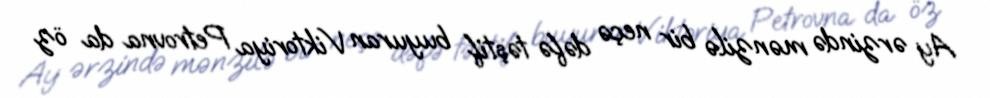
Ay ərzində mənzilə bir neçə dəfə təştif buyuran Viktoriya Petrovna da öz